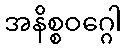
အနိစ္စဝဂ္ဂေါ